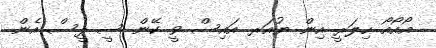
އޯއޯއޯ ހިލަރީ އިން ޔުއަރ އައިސް ވީ ކޭން ސީ ޕީސް އެން